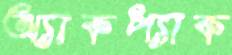
অ্যাকপ্যাক